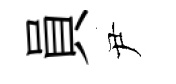
員尹